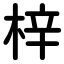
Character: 梓